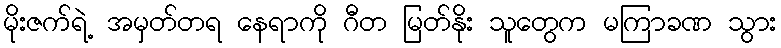
မိုးဇက်ရဲ့ အမှတ်တရ နေရာကို ဂီတ မြတ်နိုး သူတွေက မကြာခဏ သွား